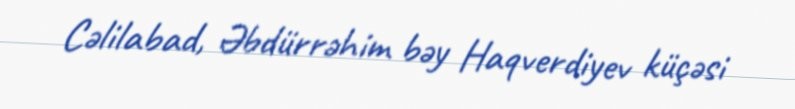
Cəlilabad, Əbdürrəhim bəy Haqverdiyev küçəsi